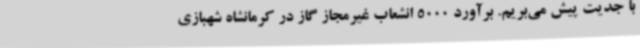
با جدیت پیش می‌بریم. برآورد 5000 انشعاب غیرمجاز گاز در کرمانشاه شهبازی